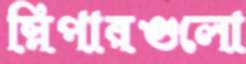
স্লিপারগুলো